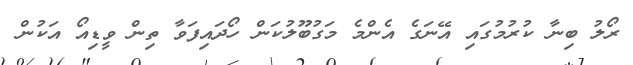
ރޯލު ބިނާ ކުރުމުގައި އޭނަގެ އެންމެ މަގުބޫލުކަން ހޯދައިފަވާ ތިން ވީޑިއޯ އަކުން